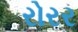
રોરર